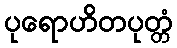
ပုရောဟိတပုတ္တံ